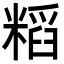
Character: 𮇷